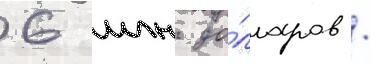
6 млн до́лларов /